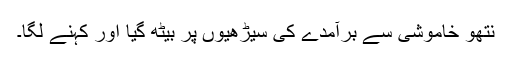
نتھو خاموشی سے برآمدے کی سیڑھیوں پر بیٹھ گیا اور کہنے لگا۔